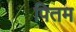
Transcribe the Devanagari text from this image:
पितम